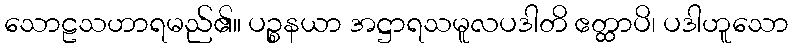
သောဠသဟာရမည်၏။ ပဉ္စနယာ အဋ္ဌာရသမူလပဒါတိ ဧတ္ထာပိ၊ ပဒါဟူသော